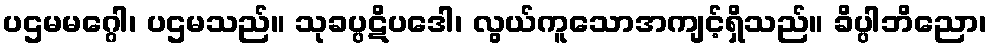
ပဌမမဂ္ဂေါ၊ ပဌမသည်။ သုခပ္ပဋိပဒေါ၊ လွယ်ကူသောအကျင့်ရှိသည်။ ခိပ္ပါဘိညော၊